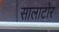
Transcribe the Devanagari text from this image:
सालाटोर